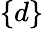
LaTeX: \{ d\}